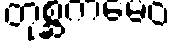
တုစ္ဆကမေဝ